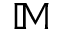
\mathbb { M }